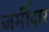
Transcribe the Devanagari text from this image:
जमीँदार